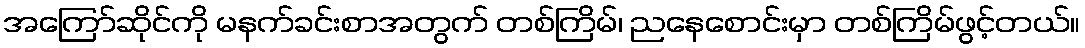
အကြော်ဆိုင်ကို မနက်ခင်းစာအတွက် တစ်ကြိမ်၊ ညနေစောင်းမှာ တစ်ကြိမ်ဖွင့်တယ်။